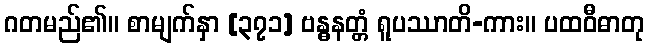
ဂတမည်၏။ စာမျက်နှာ [၃၇၁] ဗန္ဓနတ္တံ ရူပဿာတိ-ကား။ ပထဝီဓာတု